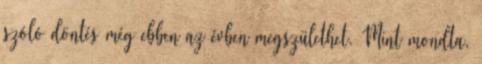
szóló döntés még ebben az évben megszülethet. Mint mondta,